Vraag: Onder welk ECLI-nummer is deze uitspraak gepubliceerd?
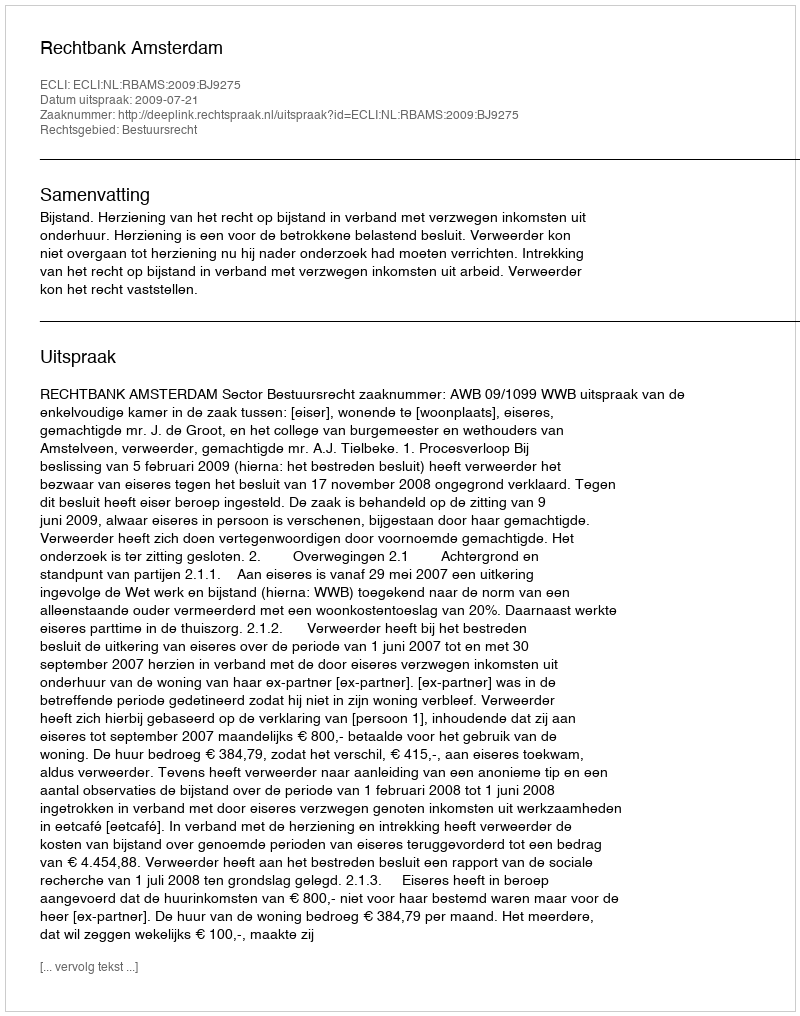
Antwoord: ECLI:NL:RBAMS:2009:BJ9275